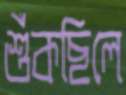
শুঁকছিলে